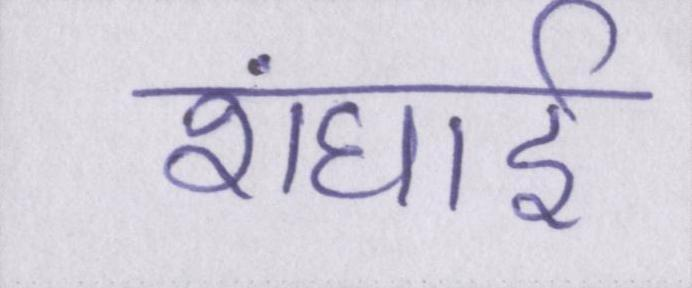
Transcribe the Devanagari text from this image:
शंघाई